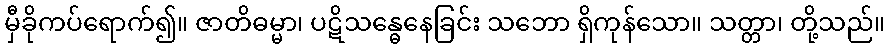
မှီခိုကပ်ရောက်၍။ ဇာတိဓမ္မာ၊ ပဋိသန္ဓေနေခြင်း သဘော ရှိကုန်သော။ သတ္တာ၊ တို့သည်။